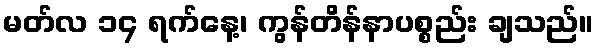
မတ်လ ၁၄ ရက်နေ့၊ ကွန်တိန်နာပစ္စည်း ချသည်။